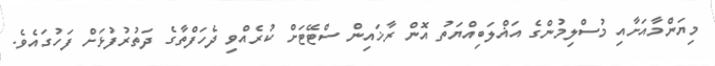
މިޔަންމާއަށާއި މުސްލިމުންގެ އަޣްލަބިއްޔަތު އޮން ރާޚައިން ސްޓޭޓަށް ކުރެއްވި ދެހަފްތާގެ ދަތުރުފުޅަށް ފަހުގައެވެ.